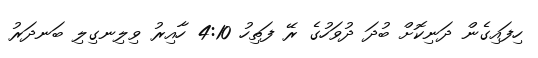
ހިފައިގެން ދަނިކޮށް ބުދަ ދުވަހުގެ ރޭ ފަތިހު 4:10 ހާއިރު ވިލިނގިލި ބަނދަރު